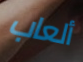
ألعاب